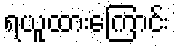
ရယူထားကြောင်း